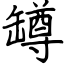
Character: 罇